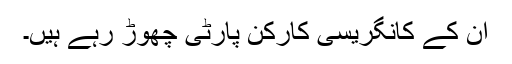
ان کے کانگریسی کارکن پارٹی چھوڑ رہے ہیں۔